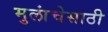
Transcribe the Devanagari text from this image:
मुलांचेसाठी